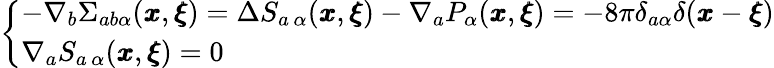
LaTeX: \left\{ \begin{array}{ll}{-\nabla_{b}\Sigma_{ab\alpha}({\pmb x},{\pmb\xi})=\Delta S_{a\, \alpha}({\pmb x},{\pmb\xi})-\nabla_{a}P_{\alpha}({\pmb x},{\pmb\xi})=-8\pi\delta_{a\alpha}\delta({\pmb x}-{\pmb\xi})}\\ {\nabla_{a}S_{a\, \alpha}({\pmb x},{\pmb\xi})=0}\end{array}\right.